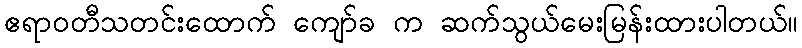
ဧရာဝတီသတင်းထောက် ကျော်ခ က ဆက်သွယ်မေးမြန်းထားပါတယ်။